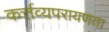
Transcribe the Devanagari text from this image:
कर्त्तव्यपरायणता